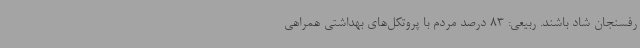
رفسنجان شاد باشند. ربیعی: 83 درصد مردم با پروتکل‌های بهداشتی همراهی